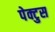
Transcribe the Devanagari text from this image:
पेक्टुस